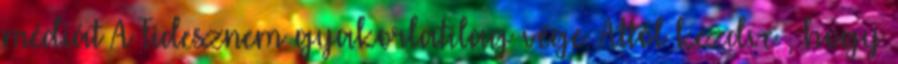
médiát A Fidesznem gyakorlatilag vége. Attól kezdve , hogy